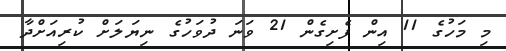
މި މަހުގެ 11 އިން ފެށިގެން 21 ވަނަ ދުވަހުގެ ނިޔަލަށް ކުރިއަށްދާ